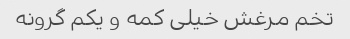
تخم مرغش خیلی کمه و یکم گرونه